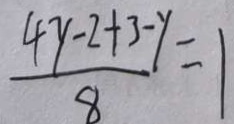
\frac { 4 y - 2 + 3 - y } { 8 } = 1